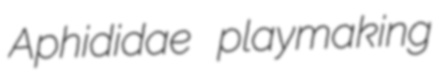
Aphididae playmaking